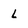
Character: L